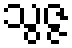
သွဇ္ဇ